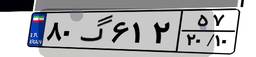
۱۳گ۳۷۳۹۹